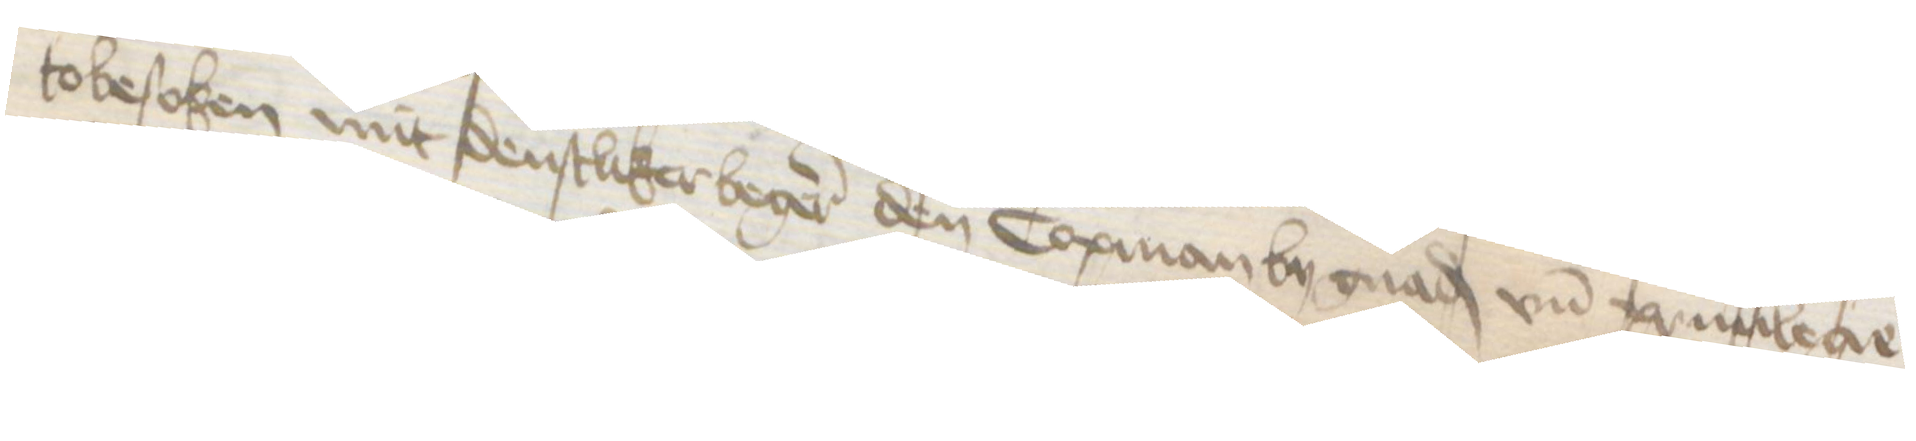
tobesoken mit denstliker begeren den Copman by gnad vnd priuilege